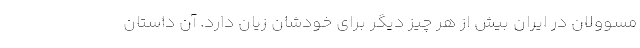
مسوولان در ایران بیش از هر چیز دیگر برای خودشان زیان دارد. آن داستان